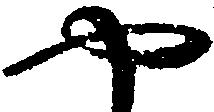
や